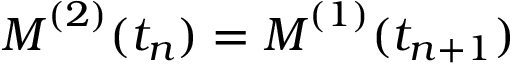
\boldsymbol { M } ^ { ( 2 ) } ( t _ { n } ) = \boldsymbol { M } ^ { ( 1 ) } ( t _ { n + 1 } )